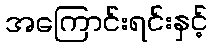
အကြောင်းရင်းနှင့်